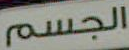
الجسم